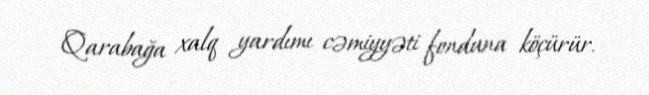
Qarabağa xalq yardımı cəmiyyəti fonduna köçürür.